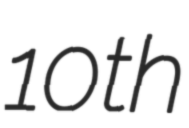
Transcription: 10th